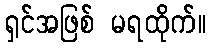
ရှင်အဖြစ် မရထိုက်။